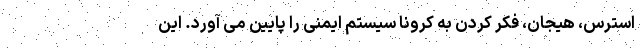
استرس‌، هیجان، فکر کردن به کرونا سیستم ایمنی را پایین می آورد. این